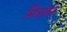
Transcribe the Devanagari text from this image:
मित्रांवर